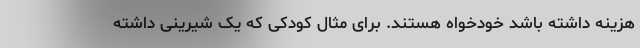
هزینه داشته باشد خودخواه هستند. برای مثال کودکی که یک شیرینی داشته